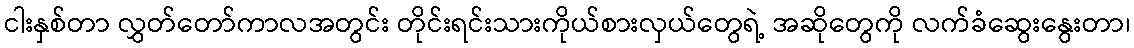
ငါးနှစ်တာ လွှတ်တော်ကာလအတွင်း တိုင်းရင်းသားကိုယ်စားလှယ်တွေရဲ့ အဆိုတွေကို လက်ခံဆွေးနွေးတာ၊